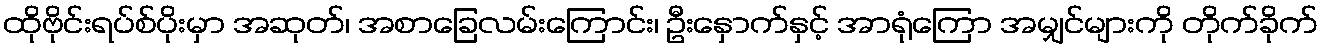
ထိုဗိုင်းရပ်စ်ပိုးမှာ အဆုတ်၊ အစာခြေလမ်းကြောင်း၊ ဦးနှောက်နှင့် အာရုံကြော အမျှင်များကို တိုက်ခိုက်